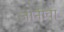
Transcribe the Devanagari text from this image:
जीनीवा